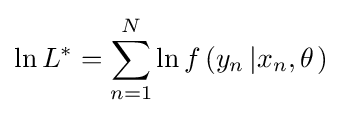
\ln L^{*}=\sum _{n=1}^{N}\ln f\left(y_{n}\left|x_{n},\theta \right.\right)